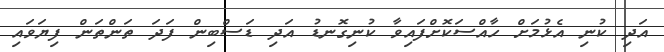
އަދި ކުނި އެޅުމަށް ހާއްސަކޮށްފައިވާ ކުނިގޮނޑު އަދި ޑަސްބިން ފަދަ ތަންތަން ފިޔަވައި